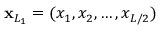
\mathbf { x } _ { L _ { 1 } } = ( x _ { 1 } , x _ { 2 } , \dots , x _ { L / 2 } )